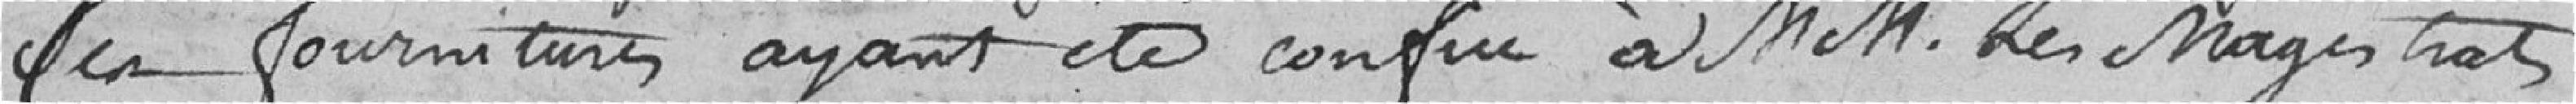
ces fournitures ayant été confié à messieurs les magistrats